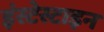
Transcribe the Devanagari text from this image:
इंस्टेस्टाइन